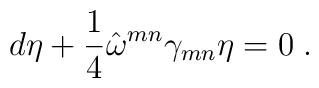
d\eta +\frac{1}{4}\hat{\omega}^{mn}\gamma _{mn}\eta =0\;.